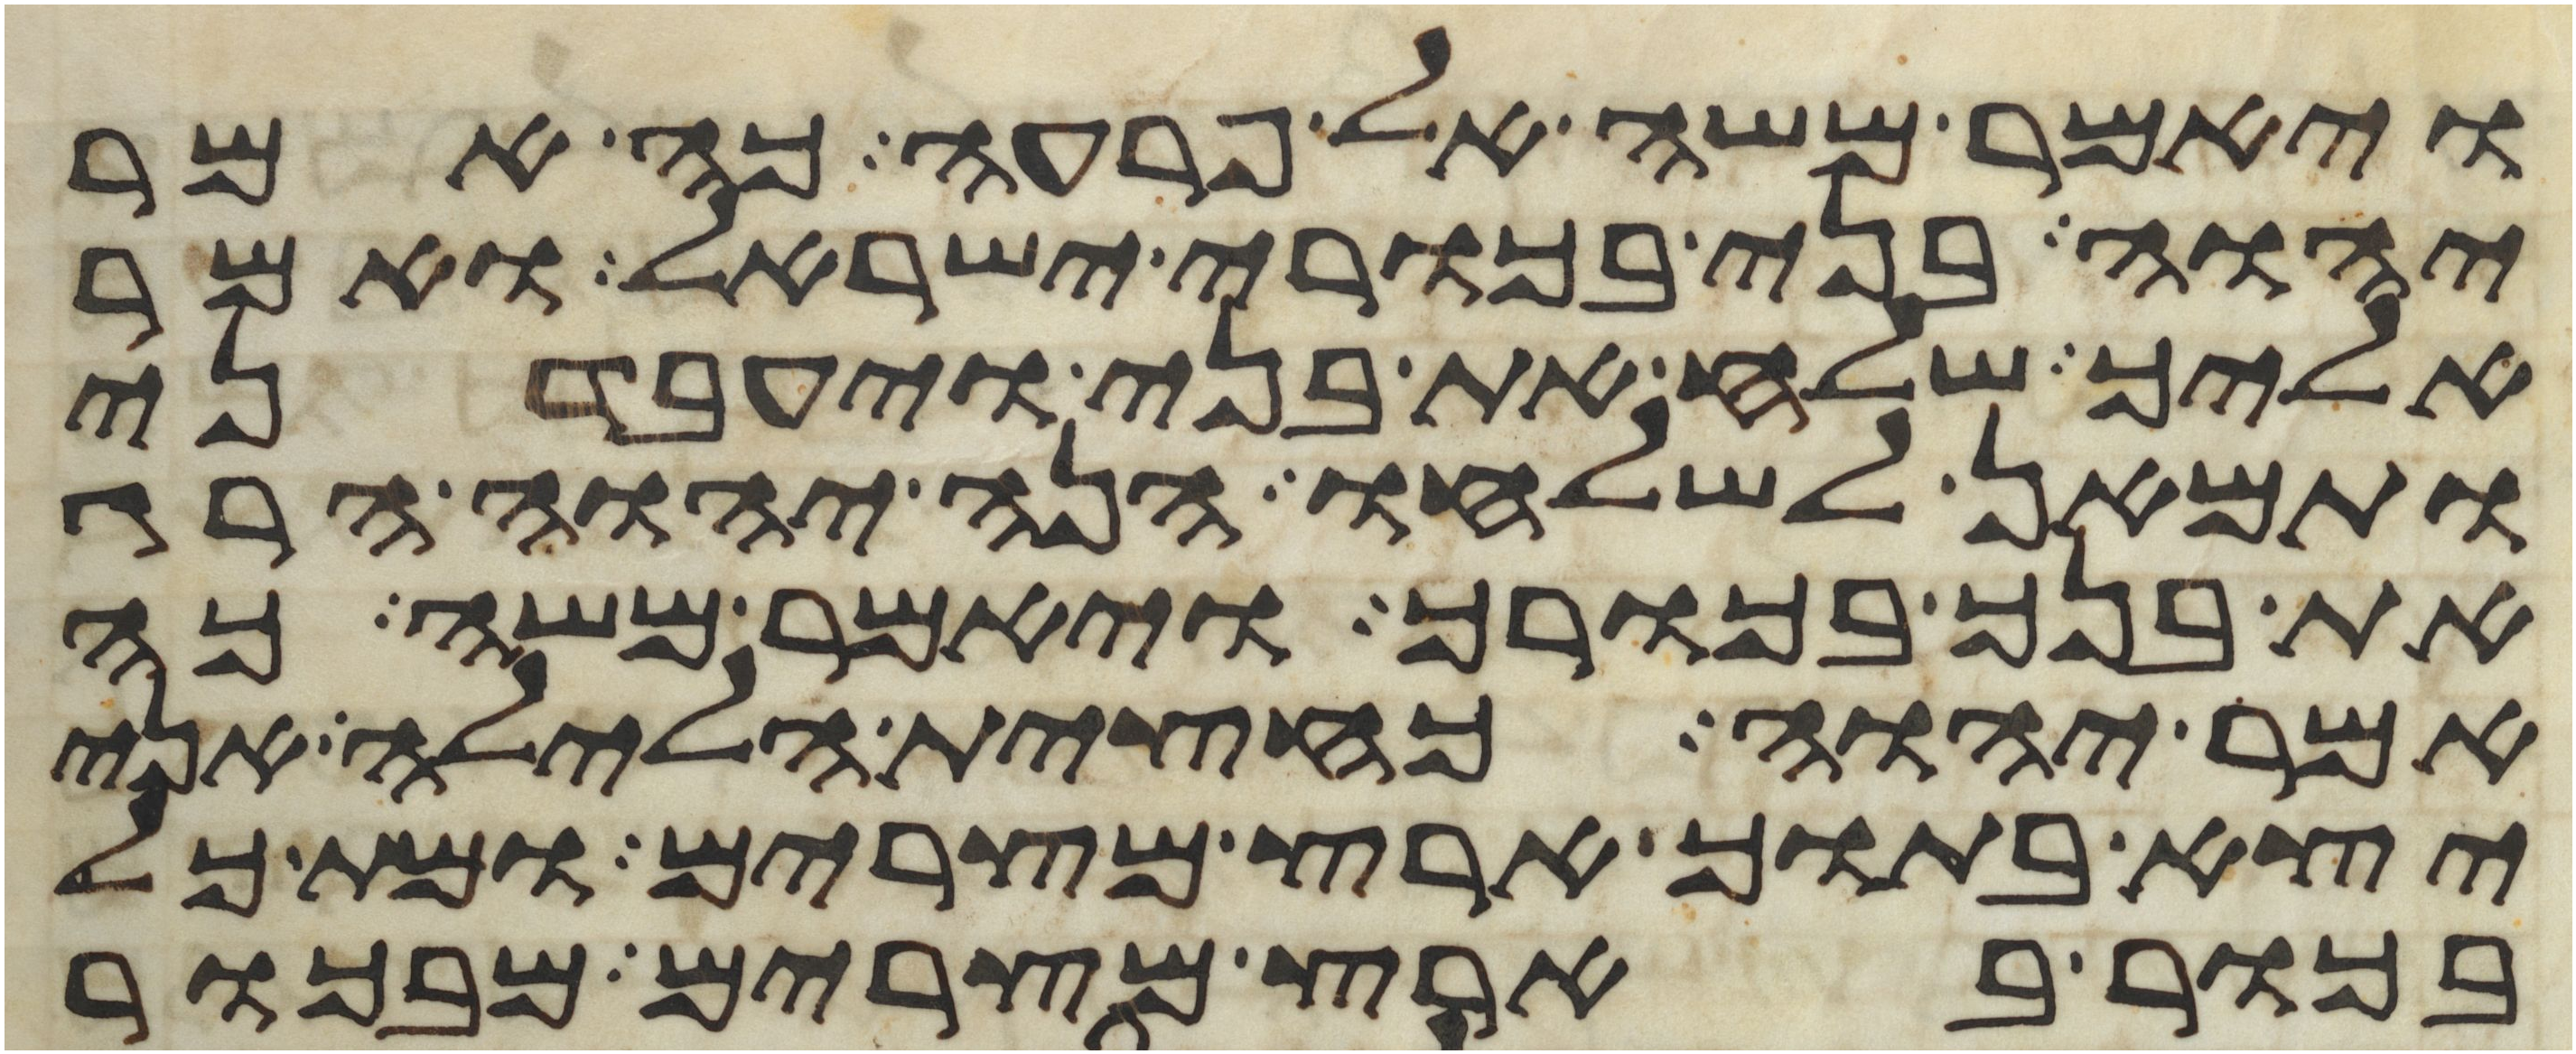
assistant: ויאמר משה אל פרעה כה אמר
יהוה בני בכורי ישראל ואמר
אליך שלח את בני ויעבדני
ותמאן לשלחו הנה יהוה הרג
את בנך בכורך ויאמר משה כה
אמר יהוה כחצית הלילה אני
יצא בתוך ארץ מצרים ומת כל
בכור בארץ מצרים מבכור